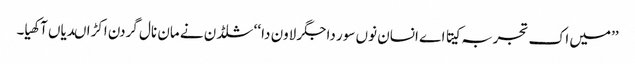
’’میں اک تجربہ کیتا اے انسان نوں سور دا جگر لاون دا ‘‘ شلڈن نے مان نال گردن اکڑا ںدیاں آکھیا۔